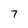
Character: 7